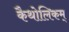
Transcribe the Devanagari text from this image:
कैथोलिकम्